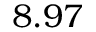
8 . 9 7